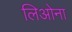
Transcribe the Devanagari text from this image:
लिओना